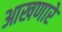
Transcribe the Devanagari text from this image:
आखणारे